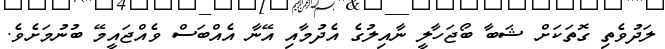
ލަދުވެތި ގޮތަކަށް ޝަބާ ބޯޖަހާލީ ނާއިލުގެ އެދުމާއި އޭނާ އެއްބަސް ވެއްޖައީމޭ ބުނުމަށެވެ.